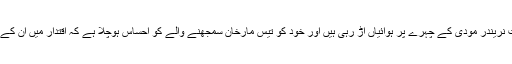
سچائی تو یہ ہے کہ اس وقت نریندر مودی کے چہرے پر ہوائیاں اڑ رہی ہیں اور خود کو تیس مارخان سمجھنے والے کو احساس ہوچلا ہے کہ اقتدار میں ان کے دن گنے چنے ہی بچے ہیں۔